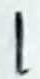
Text: 1